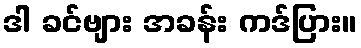
ဒါ ခင်ဗျား အခန်း ကဒ်ပြား။